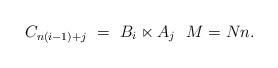
LaTeX: \begin{align*} C_{n(i-1) + j} \ = \ B_i \ltimes A_j \ \ M = Nn. \end{align*}